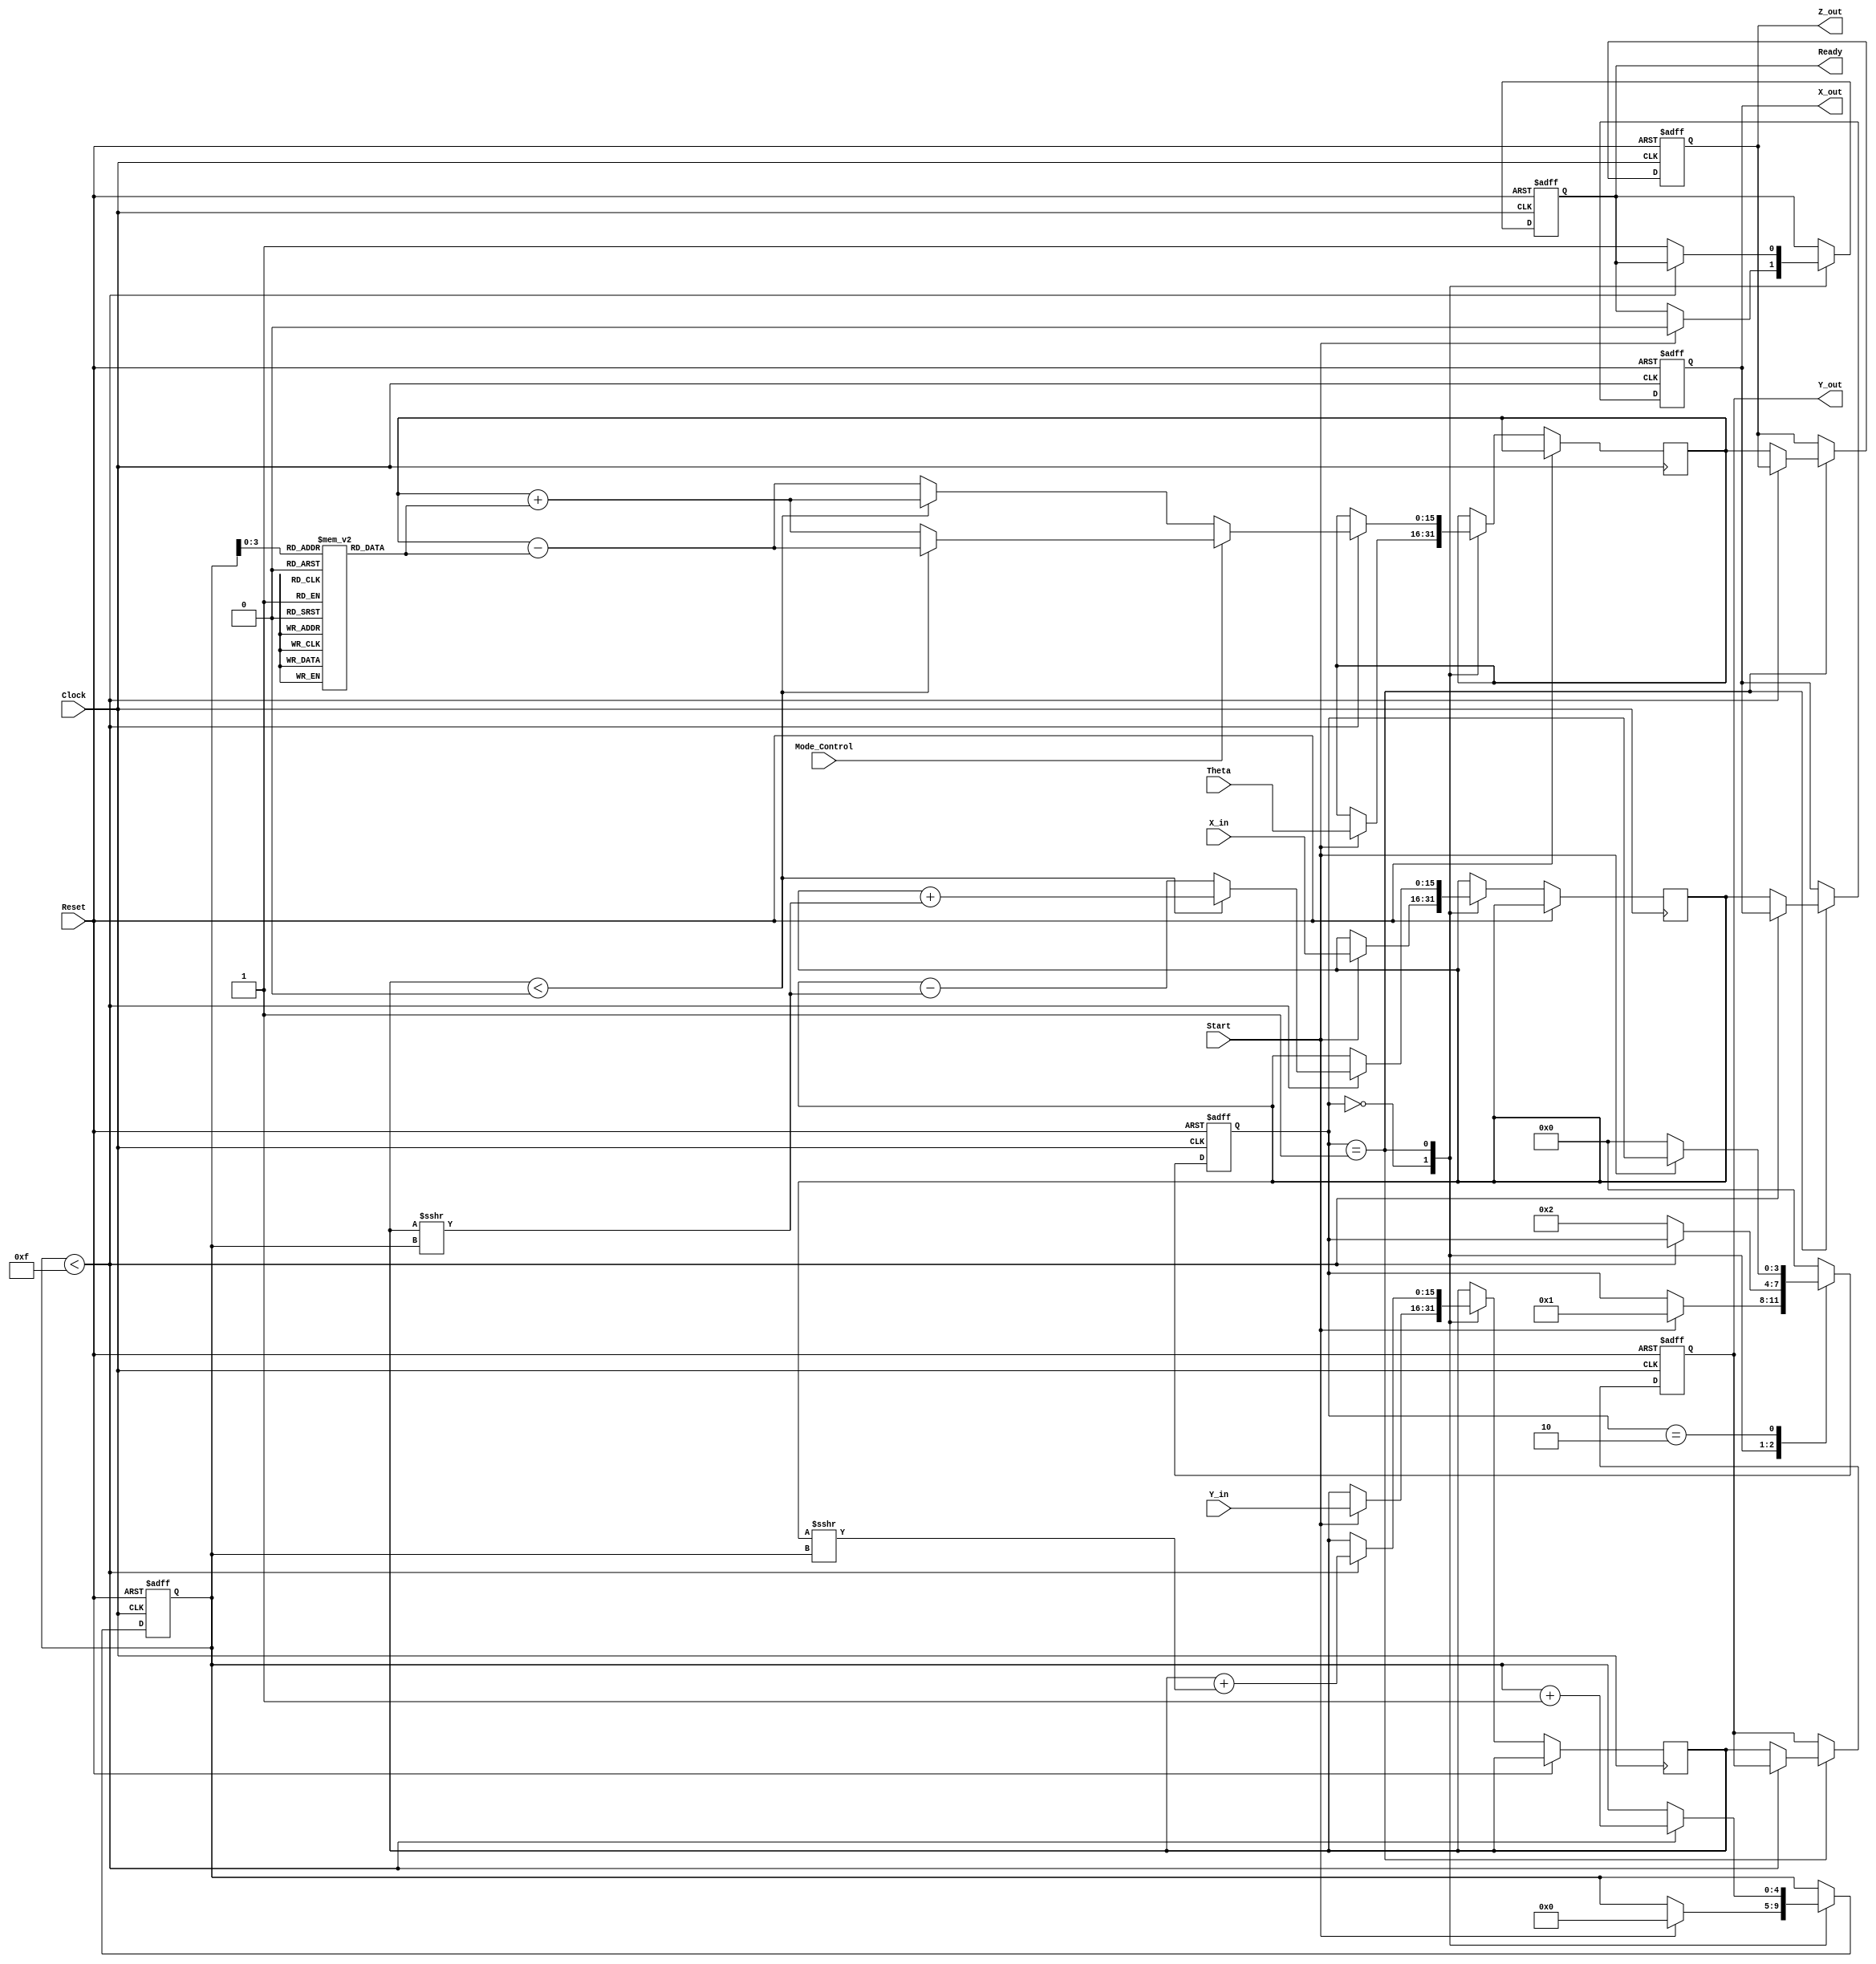
module cordic_2d (
    input  wire signed [15:0] X_in,        // Input X coordinate
    input  wire signed [15:0] Y_in,        // Input Y coordinate
    input  wire signed [15:0] Theta,       // Angle input for rotation
    input  wire Mode_Control,               // 0 for rotation, 1 for vectoring
    input  wire Start,                      // Start computation
    input  wire Clock,                      // Clock signal
    input  wire Reset,                      // Asynchronous Reset

    output reg signed [15:0] X_out,        // Output X coordinate
    output reg signed [15:0] Y_out,        // Output Y coordinate
    output reg signed [15:0] Z_out,        // Resulting angle in radians
    output reg Ready                        // Computation complete signal
);

// Internal signals
reg [4:0] iteration_count;                 // Counter for iterations
reg [15:0] x_reg, y_reg;                   // Registers to hold X, Y during computation
reg signed [15:0] z_reg;                   // Register to hold angle
reg [3:0] state;                           // State for FSM
reg [4:0] i;                               // Loop variable
reg signed [15:0] arctan_lut[0:14];       // LUT for arctangent values
reg signed [15:0] x_shift;                 // Shifted x value
reg signed [15:0] y_shift;                 // Shifted y value

// Initialize arctan LUT (scaled)
initial begin
    arctan_lut[0] = 16'hB6DB; // atan(2^-0)
    arctan_lut[1] = 16'hA3D7; // atan(2^-1)
    arctan_lut[2] = 16'hA1D1; // atan(2^-2)
    arctan_lut[3] = 16'h9C71; // atan(2^-3)
    arctan_lut[4] = 16'h978B; // atan(2^-4)
    arctan_lut[5] = 16'h9583; // atan(2^-5)
    arctan_lut[6] = 16'hF474; // atan(2^-6)
    arctan_lut[7] = 16'hF244; // atan(2^-7)
    arctan_lut[8] = 16'hFB1D; // atan(2^-8)
    arctan_lut[9] = 16'hF964; // atan(2^-9)
    arctan_lut[10] = 16'hF748; // atan(2^-10)
    arctan_lut[11] = 16'hF401; // atan(2^-11)
    arctan_lut[12] = 16'hF22D; // atan(2^-12)
    arctan_lut[13] = 16'hF101; // atan(2^-13)
    arctan_lut[14] = 16'hEF4D; // atan(2^-14)
end

// State encoding
parameter IDLE = 0;
parameter COMPUTE = 1;
parameter DONE = 2;

always @(posedge Clock or posedge Reset) begin
    if (Reset) begin
        state <= IDLE;
        X_out <= 16'd0;
        Y_out <= 16'd0;
        Z_out <= 16'd0;
        Ready <= 1'b0;
        iteration_count <= 5'd0;
    end else begin
        case (state)
            IDLE: begin
                if (Start) begin
                    x_reg <= X_in;
                    y_reg <= Y_in;
                    z_reg <= Theta;
                    iteration_count <= 5'd0;
                    state <= COMPUTE;
                    Ready <= 1'b0;
                end
            end
            
            COMPUTE: begin
                if (iteration_count < 15) begin
                    // Perform CORDIC iterations
                    if (Mode_Control == 1'b0) begin // Rotation Mode
                        if (y_reg < 0) begin
                            x_shift = x_reg + (y_reg >>> iteration_count);
                            y_shift = y_reg + (x_reg >>> iteration_count);
                            z_reg = z_reg + arctan_lut[iteration_count];
                        end else begin
                            x_shift = x_reg - (y_reg >>> iteration_count);
                            y_shift = y_reg + (x_reg >>> iteration_count);
                            z_reg = z_reg - arctan_lut[iteration_count];
                        end
                    end else begin // Vectoring Mode
                        if (y_reg < 0) begin
                            x_shift = x_reg + (y_reg >>> iteration_count);
                            y_shift = y_reg + (x_reg >>> iteration_count);
                            z_reg = z_reg - arctan_lut[iteration_count];
                        end else begin
                            x_shift = x_reg - (y_reg >>> iteration_count);
                            y_shift = y_reg + (x_reg >>> iteration_count);
                            z_reg = z_reg + arctan_lut[iteration_count];
                        end
                    end
                    
                    // Update registers and iteration count
                    x_reg <= x_shift;
                    y_reg <= y_shift;
                    iteration_count <= iteration_count + 1;
                end else begin
                    X_out <= x_reg;
                    Y_out <= y_reg;
                    Z_out <= z_reg;
                    Ready <= 1'b1;
                    state <= DONE;
                end
            end
            
            DONE: begin
                if (!Start) begin
                    state <= IDLE;
                end
            end
            
            default: state <= IDLE; // Safety
        endcase
    end
end

endmodule